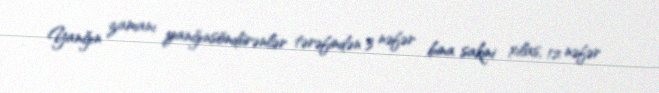
Yanğın zamanı yanğınsöndürənlər tərəfindən 3 nəfər bina sakini xilas, 12 nəfər